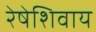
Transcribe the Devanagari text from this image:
रेषेशिवाय